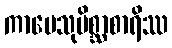
ကာမေသုမိစ္ဆာစာရိဿ